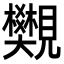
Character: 𧢜